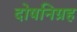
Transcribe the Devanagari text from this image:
दोषनिग्रह